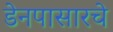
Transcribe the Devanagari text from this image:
डेनपासारचे